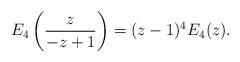
LaTeX: \begin{align*}E_4 \left(\frac{z}{-z+1} \right) = (z-1)^4 E_4(z).\end{align*}